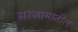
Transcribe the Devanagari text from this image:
सरंजामातील